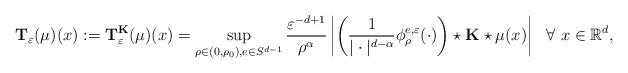
LaTeX: \begin{align*}\mathbf{T}_{\varepsilon}(\mu)(x):=\mathbf{T}_{\varepsilon}^{\mathbf{K}}(\mu)(x)&=\sup_{\rho\in (0,\rho_0),e\in S^{d-1}}\frac{\varepsilon^{-d+1}}{\rho^\alpha}\left|\left(\frac{1}{|\cdot|^{d-\alpha}}\phi^{e,\varepsilon}_\rho(\cdot)\right)\star \mathbf{K}\star\mu(x)\right|~~\forall~x\in\mathbb{R}^d,\end{align*}